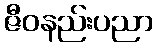
ဇီဝနည်းပညာ